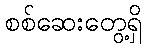
စစ်ဆေးတွေ့ရှိ